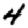
Digit: 4